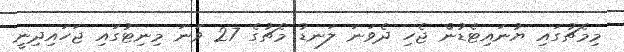
މިމެޗުގައި ޔުނައިޓެޑުން ޖެހި ދެވަނަ ލަނޑު މެޗުގެ 27 ވަނަ މިނިޓުގައި ޖަހައިދިނީ